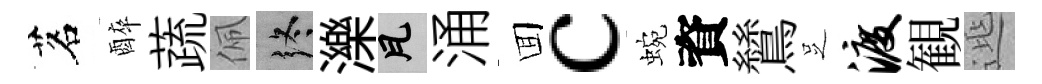
茗醉蔬佩终濼瓦涌囬c蜿資鷥𠯁渡観𨓱